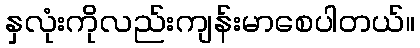
နှလုံးကိုလည်းကျန်းမာစေပါတယ်။